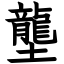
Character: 壟